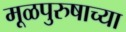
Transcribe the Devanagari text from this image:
मूळपुरुषाच्या